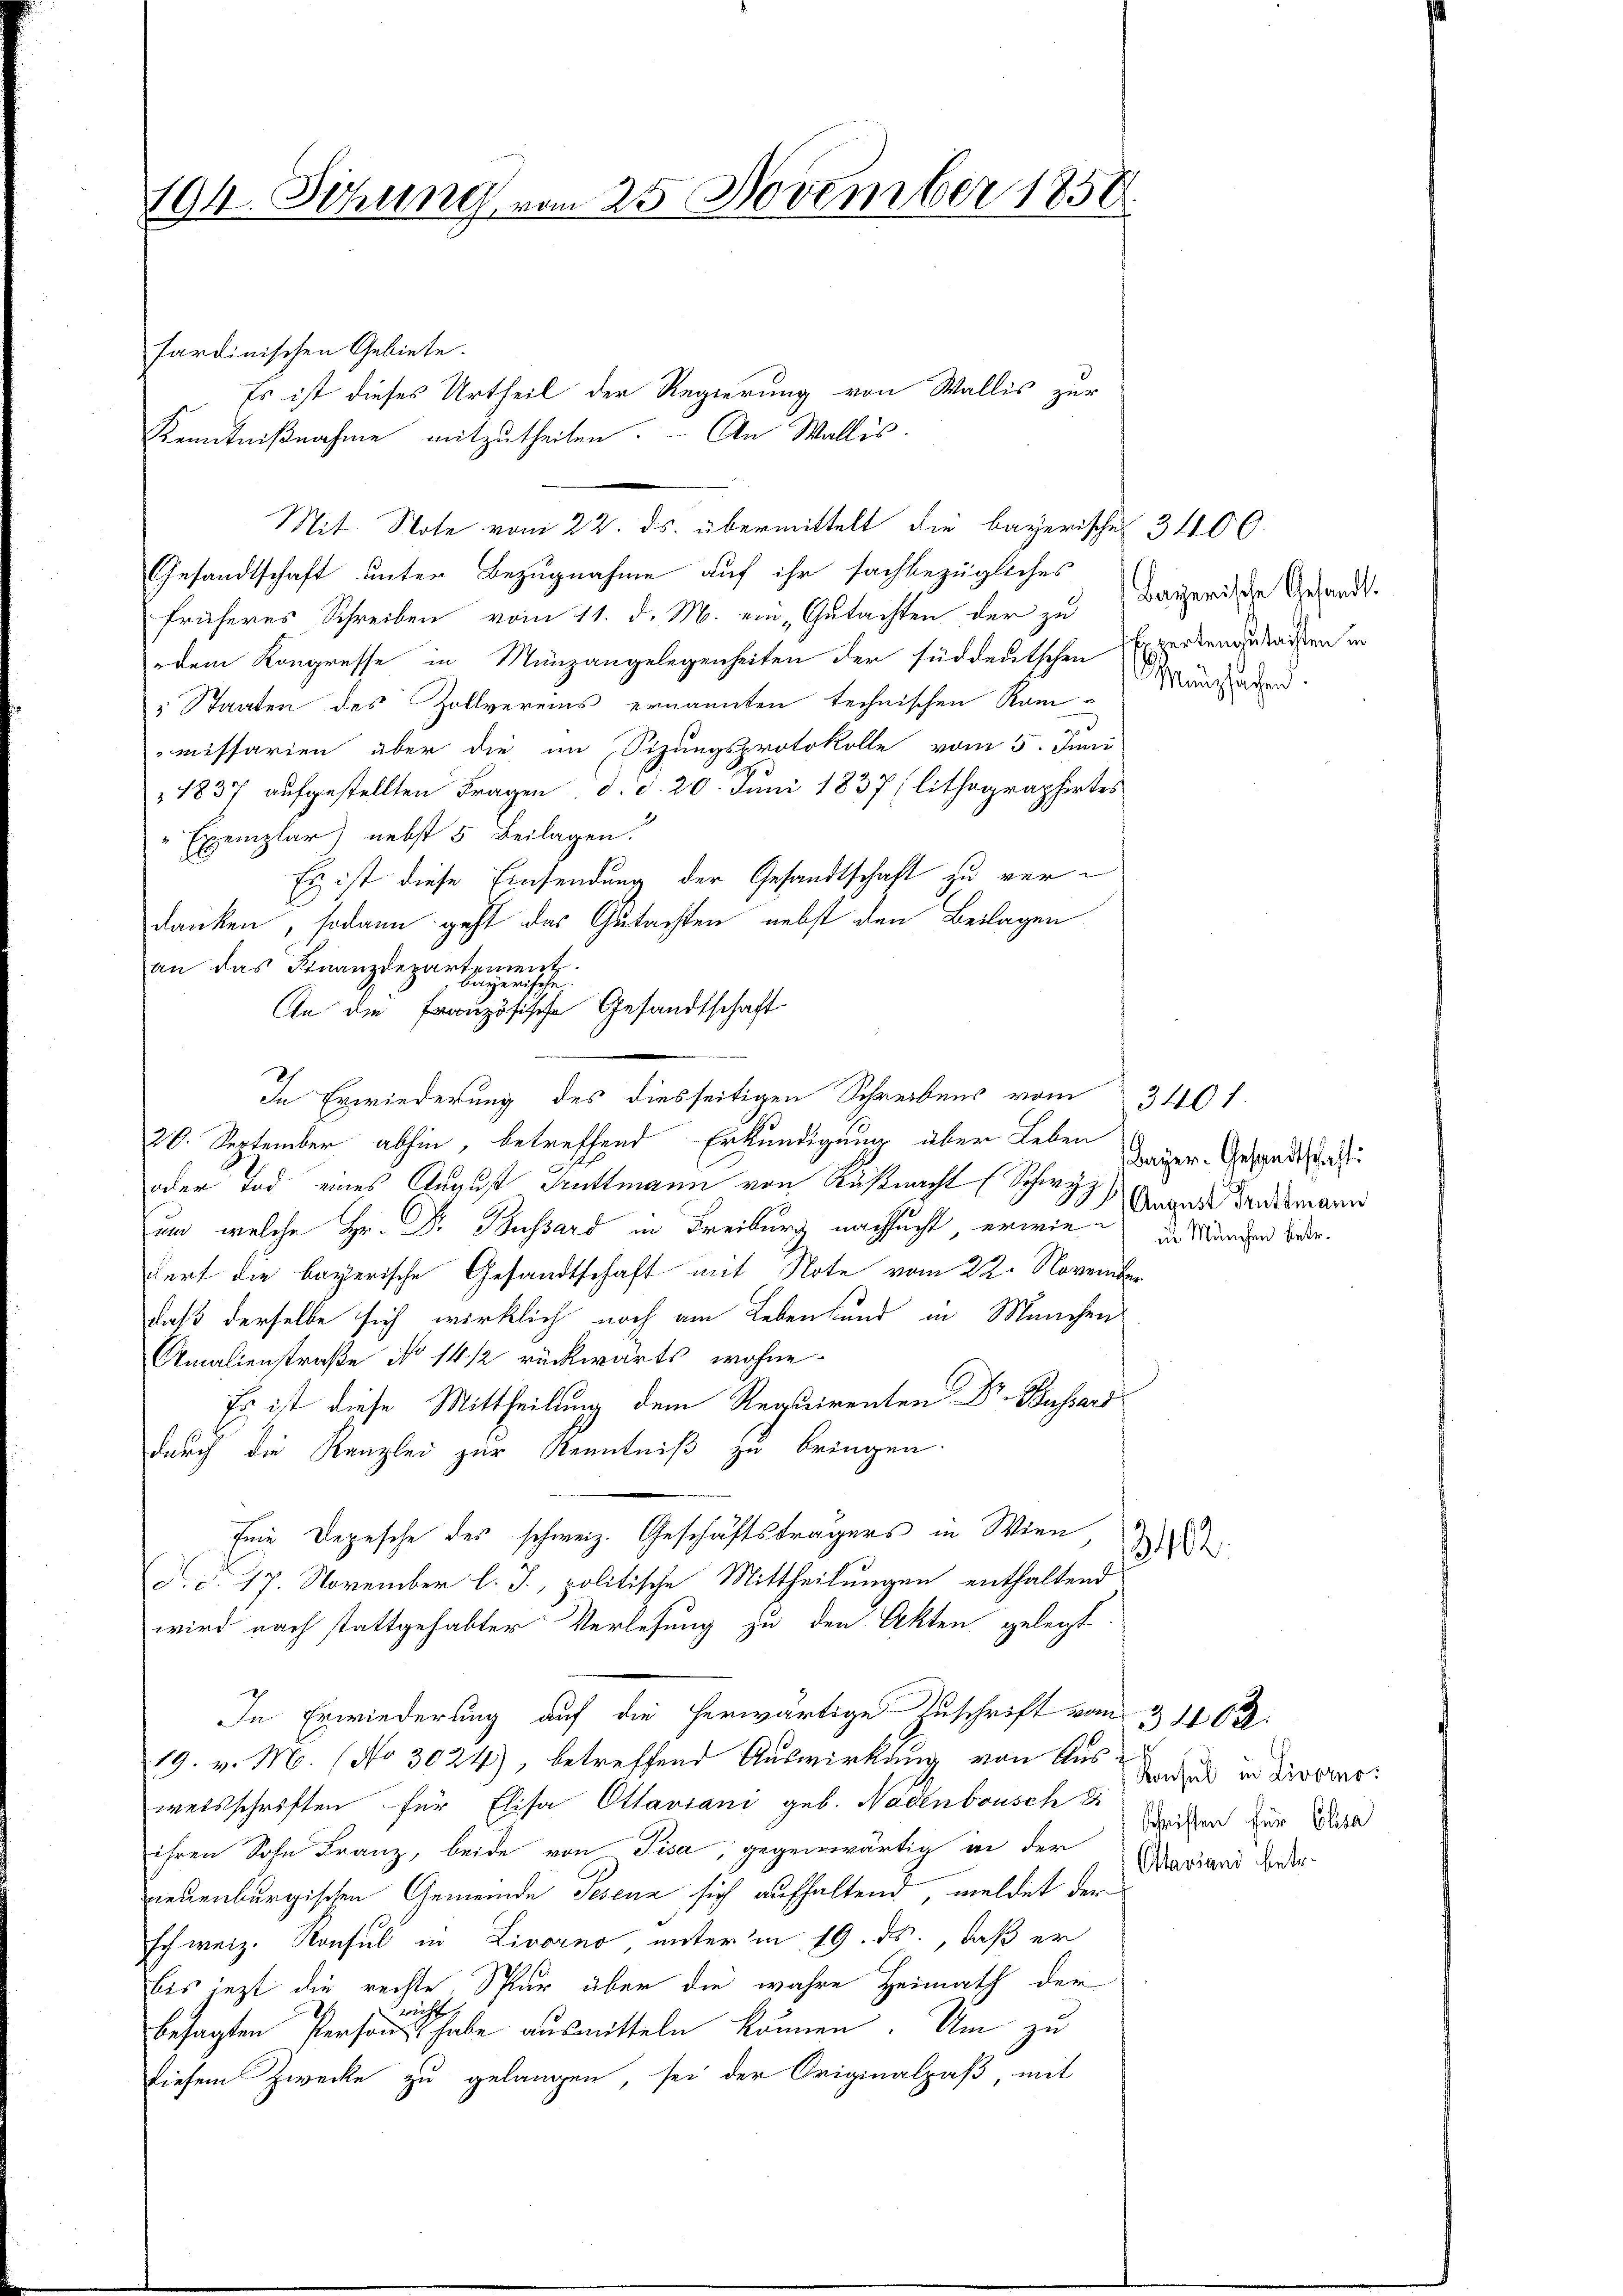
194. Sitzung vom 25. November 1858.

sardinischen Gebiete.
Es ist dieses Urtheil der Regierung von Wallis zur
Kenntnißnahme mitzutheilen. – An Wallis.
Gesandtschaft unter Bezugnahme auf ihr sachbezügliches
früheres Schreiben vom 11. d. M. ein Gutachten der zu
edem Kongresse in Münzangelegenheiten der süddeutschen Expertengelasten in
 Staaten des Zollvereins ernannten technischen Kam - Menschaden.
missarien aber die im Sizungsprotokolle vom 5. Juni
1837 aufgestellten Fragen d. d. 20. Juni 1837 (lithographirtes
Exemplar) nebst 5 Beilagen.
Es ist diese Einsendung der Gesandtschaft zu verdanken, sodann geht das Gutachten nebst den Beilagen
an das Finanzdepartement.
bayerische
An die Französische Gesandtschaft
20. September abhin, betreffend Erkundigung aber Leben
oder Tod eines August Guttmann von Küßnacht (Schwyz)
um, welche Hr. Dr. Passard in Freiburg nachsucht, erwieder Manchen Bederdorf die bayerische Gesandtschaft mit Note vom 22. November
daß derselbe sich wirklich noch am Leben und in Manchen
Omalienstraße No 14 1/2 rückwärts wohne
Es ist diese Mittheilung dem Requirenten Dr. Bussers
durch die Kanzlei zur Kenntniß zu bringen
Eine Depesche des schweiz. Geschäftsträgers in Wien
3402.
d. d. 17. November l. J., politische Mittheilungen enthaltend
wird nach stattgehabter Verlesung zu den Akten gelegt
In Erwiederung auf die herwärtige Zuschrift vom
3402.
19. v. M. (No 3024), betreffend Auswirkung von Ausweisschriften für Elisa Ottaviani geb. Nasenbousch di
ihren Sohn Franz, beide von Pisa, gegenwärtig in der
vieuenburgischen Gemeinde Tesenz sich aufhaltend, meldet der
schweiz. Konsul in Livorno, unterm 19. ds., daß er
bis jezt die rechte. Spur über die wahre Heimath der
richt.
besagten Personst habe ausmitteln können. Um zu
diesem Zwecke zu gelangen, sei der Originalpaß, mit

Mit Note vom 22. ds. übermittelt die bayerische 31100.

In Erwiederung des diesseitigen Schreibens vom 31101.

Bayerische Gesandt.

Bayer. Gesandtschaft:
August Truttmann

Konsul in Livorno.
Schriften für Elisa
Otaviani betr.